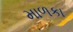
માળકા